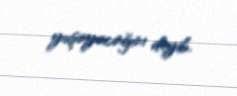
yaşayacağını deyib.